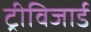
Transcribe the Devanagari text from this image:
ट्रीविजार्ड